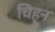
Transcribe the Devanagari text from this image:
चिहृन